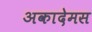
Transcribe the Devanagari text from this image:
अकादेमस